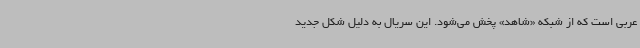
عربی است که از شبکه «شاهد» پخش می‌شود. این سریال به دلیل شکل جدید